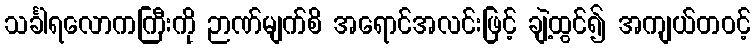
သင်္ခါရလောကကြီးကို ဉာဏ်မျက်စိ အရောင်အလင်းဖြင့် ချဲ့ထွင်၍ အကျယ်တဝင့်